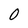
Character: 0